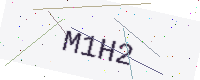
Text: M1H2